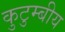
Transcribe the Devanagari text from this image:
कुटुम्बीय